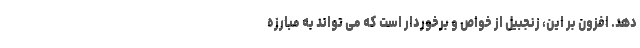
دهد. افزون بر این، زنجبیل از خواص و برخوردار است که می تواند به مبارزه